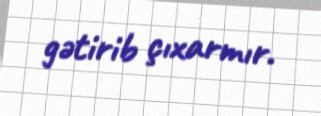
gətirib çıxarmır.